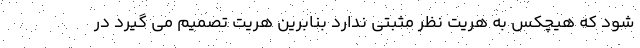
شود که هیچکس به هریت نظر مثبتی ندارد بنابرین هریت تصمیم می گیرد در